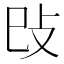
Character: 𢻰